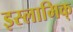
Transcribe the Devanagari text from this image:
इस्लामिक्